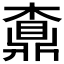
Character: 𪔇